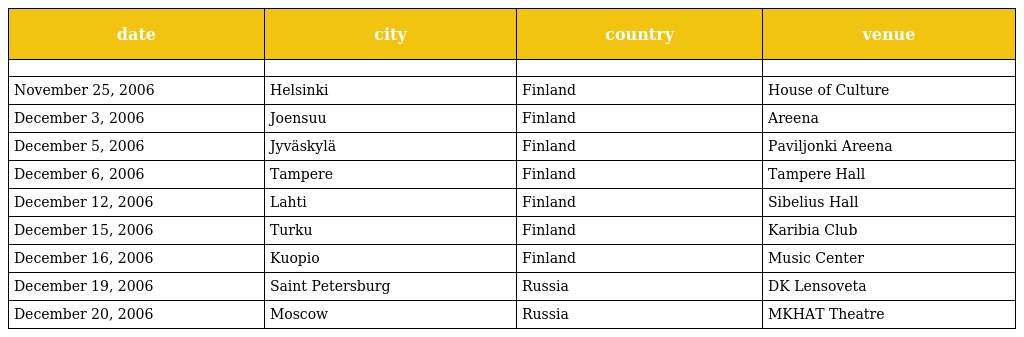
| date | city | country | venue |
 | --- | --- | --- | --- |
 |  |  |  |  |
 | November 25, 2006 | Helsinki | Finland | House of Culture |
 | December 3, 2006 | Joensuu | Finland | Areena |
 | December 5, 2006 | Jyväskylä | Finland | Paviljonki Areena |
 | December 6, 2006 | Tampere | Finland | Tampere Hall |
 | December 12, 2006 | Lahti | Finland | Sibelius Hall |
 | December 15, 2006 | Turku | Finland | Karibia Club |
 | December 16, 2006 | Kuopio | Finland | Music Center |
 | December 19, 2006 | Saint Petersburg | Russia | DK Lensoveta |
 | December 20, 2006 | Moscow | Russia | MKHAT Theatre |